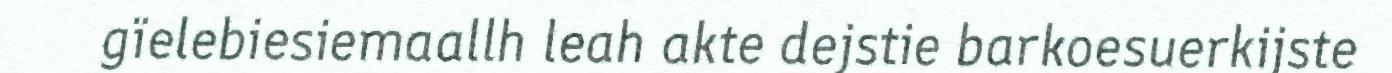
gïelebiesiemaallh leah akte dejstie barkoesuerkijste